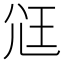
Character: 尩